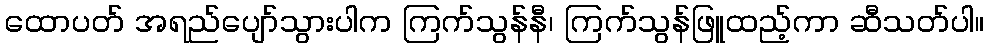
ထောပတ် အရည်ပျော်သွားပါက ကြက်သွန်နီ၊ ကြက်သွန်ဖြူထည့်ကာ ဆီသတ်ပါ။